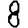
Digit: 8